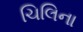
ચિલિના